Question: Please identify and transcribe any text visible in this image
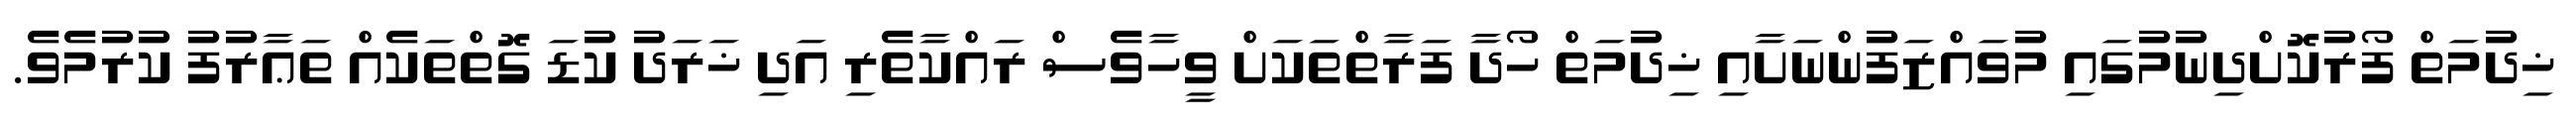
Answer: ޚިދުމަތް ފޯރުކޮށްދިނުމުގައި މުވައްޒަފުންނަށާއި ޚިދުމަތް ހޯދާ ފަރާތްތަކަށް ވީހާވެސް ރައްކާތެރި އަދި ޚަރަދު ކުޑަ ގޮތްތަކެއް ތަޢާރުފު ކުރުމެވެ.